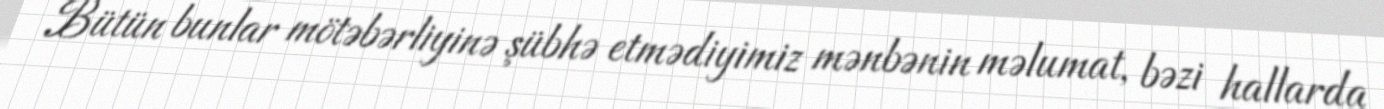
Bütün bunlar mötəbərliyinə şübhə etmədiyimiz mənbənin məlumat, bəzi hallarda